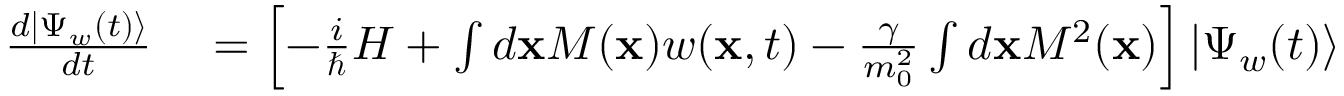
\begin{array} { r l } { { \frac { d | \Psi _ { w } ( t ) \rangle } { d t } } } & { { } = \left[ - { \frac { i } { \hbar } } H + \int d \mathbf { x } M ( \mathbf { x } ) w ( \mathbf { x } , t ) - { \frac { \gamma } { m _ { 0 } ^ { 2 } } } \int d \mathbf { x } M ^ { 2 } ( \mathbf { x } ) \right] | \Psi _ { w } ( t ) \rangle } \end{array}